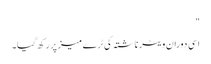
"
اسی دوران ویٹر ناشتہ کی ٹرے میز پر رکھ گیا۔